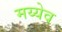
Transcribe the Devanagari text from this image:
मय्येव